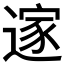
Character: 𮞼